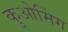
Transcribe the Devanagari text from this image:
कुओमिंग